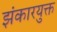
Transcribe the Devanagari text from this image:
झंकारयुक्त